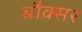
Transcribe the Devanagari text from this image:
बौक्सर